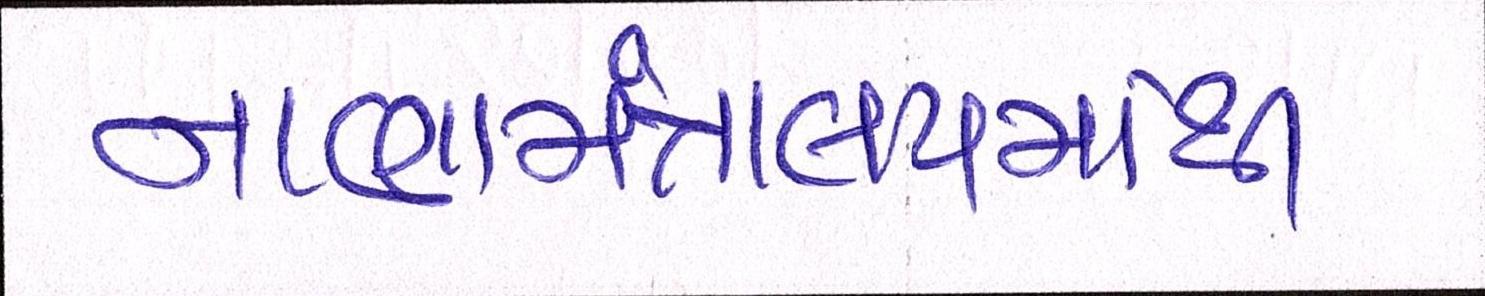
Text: નાણામંત્રાલયમાંથી